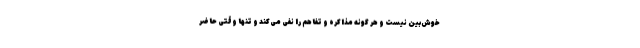
خوش‌بین نیست و هر گونه مذاکره و تفاهم را نفی می‌کند و تنها وقتی حاضر